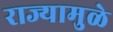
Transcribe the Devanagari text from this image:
राज्यामुळे